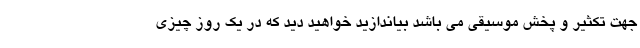
جهت تکثیر و پخش موسیقی می باشد بیاندازید خواهید دید که در یک روز چیزی